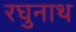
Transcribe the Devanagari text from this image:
रघुनाथ